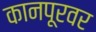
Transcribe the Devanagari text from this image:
कानपूरवर